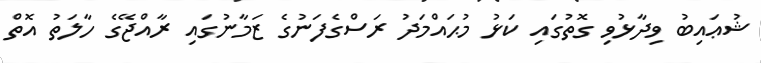
ޝުޢައިބު ވިދާޅުވި ގޮތުގައި ކަޅު މުޙައްމަދު ރަސްގެފަނުގެ ޒަމާނުގައި ރާއްޖޭގެ ހާލަތު އޮތް